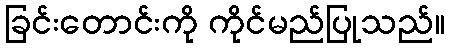
ခြင်းတောင်းကို ကိုင်မည်ပြုသည်။